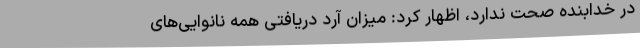
در خدابنده صحت ندارد، اظهار کرد: میزان آرد دریافتی همه نانوایی‌های